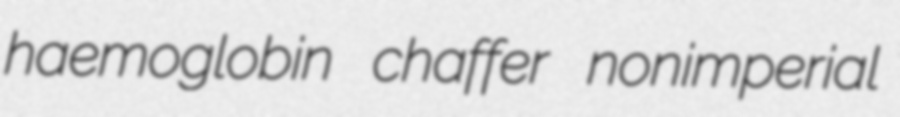
haemoglobin chaffer nonimperial